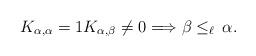
LaTeX: \begin{align*}K_{\alpha, \alpha}=1 K_{\alpha, \beta}\ne 0 \Longrightarrow \beta\le_\ell\, \alpha. \end{align*}